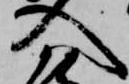
入